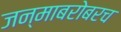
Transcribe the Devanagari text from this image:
जन्माबरोबरच